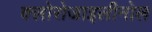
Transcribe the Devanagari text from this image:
क्लोरोजाइलीनोल